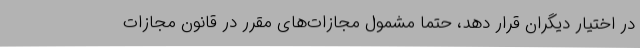
در اختیار دیگران قرار دهد، حتما مشمول مجازات‌های مقرر در قانون مجازات